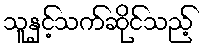
သူနှင့်သက်ဆိုင်သည့်